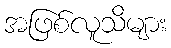
အဖြစ်လူသိများ